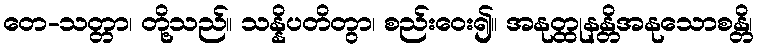
တေ-သတ္တာ၊ တို့သည်။ သန္နိပတိတွာ၊ စည်းဝေး၍။ အနုတ္ထုနန္တိအနုသောစန္တိ၊